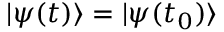
| \psi ( t ) \rangle = | \psi ( t _ { 0 } ) \rangle